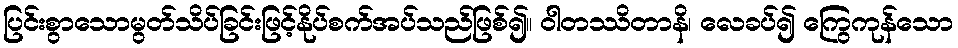
ပြင်းစွာသောမွတ်သိပ်ခြင်းဖြင့်နိုပ်စက်အပ်သည်ဖြစ်၍။ ဝါတဿိတာနိ၊ လေခပ်၍ ကြွေကုန်သော